Rangoon Lunatic Asylum 1893-1897 - 1893-1897
Year: 1893
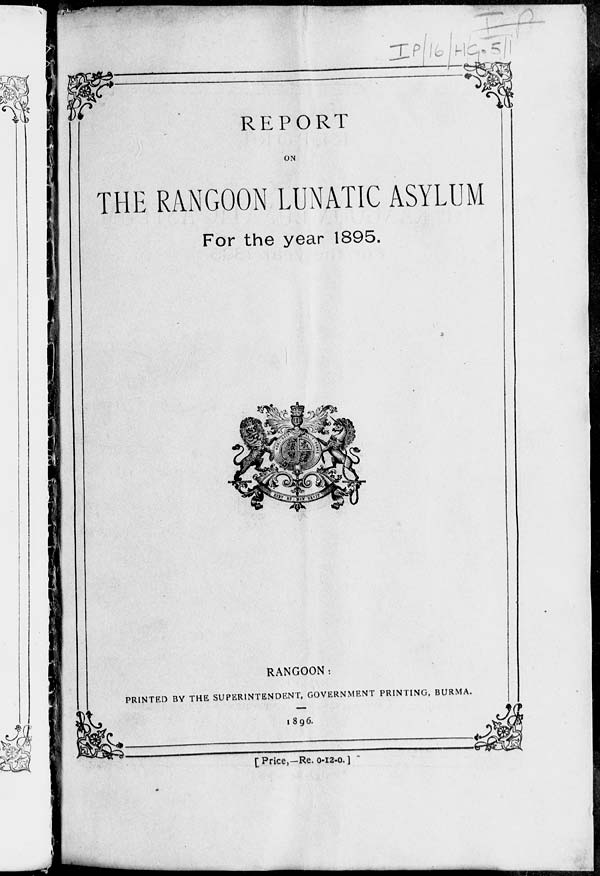
REPORT
ON
THE RANGOON LUNATIC ASYLUM
For the year 1895.
RANGOON:
PRINTED BY THE SUPERINTENDENT, GOVERNMENT PRINTING, BURMA.
1896.
[Price,—Re. 0-12-0.]